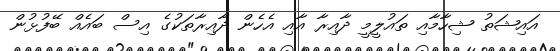
އައިޝަތު ޝިހާމާއި ތައުލީމީ ދާއިރާ އާއި އެހެން ދާއިރާތަކުގެ އިސް ބައެއް ބޭފުޅުން